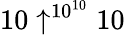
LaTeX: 10\uparrow^{10^{10}}10